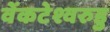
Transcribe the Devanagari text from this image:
वेंकटेश्वरुडु